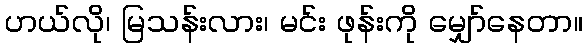
ဟယ်လို၊ မြသန်းလား၊ မင်း ဖုန်းကို မျှော်နေတာ။